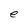
Character: e